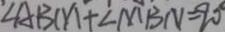
\angle A B M + \angle M B N = 9 0